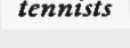
tennists